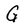
Character: G